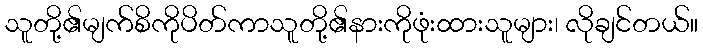
သူတို့၏မျက်စိကိုပိတ်ကာသူတို့၏နားကိုဖုံးထားသူများ၊ လိုချင်တယ်။